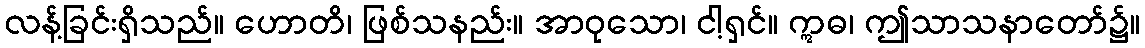
လန့်ခြင်းရှိသည်။ ဟောတိ၊ ဖြစ်သနည်း။ အာဝုသော၊ ငါ့ရှင်။ ဣဓ၊ ဤသာသနာတော်၌။